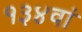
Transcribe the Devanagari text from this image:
१३४वां